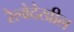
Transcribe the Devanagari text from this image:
रेल्वेदेखील